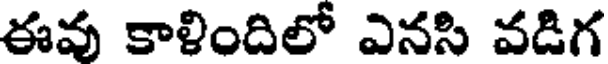
ఈవు కాళిందిలో ఎనసి వడిగ